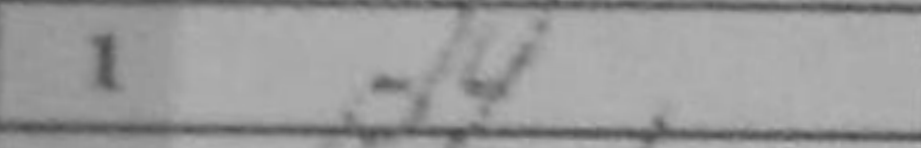
Transcription: d4